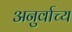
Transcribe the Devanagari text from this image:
अनुर्वाच्य